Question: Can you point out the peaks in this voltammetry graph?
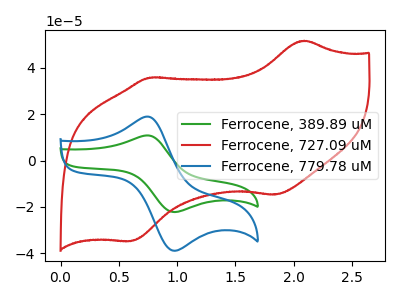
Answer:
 <answer>The green curve "Ferrocene, 389.89 uM" has an anodic peak at (0.75V, 10.80uA) and a cathodic peak at (1.00V, -22.25uA). The red curve "Ferrocene, 727.09 uM" has anodic peaks at (2.10V, 51.75uA) (0.75V, 35.80uA) and cathodic peaks at (1.85V, -14.75uA) (0.60V, -34.80uA). The blue curve "Ferrocene, 779.78 uM" has an anodic peak at (0.75V, 18.90uA) and a cathodic peak at (1.00V, -38.95uA).</answer>
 <eval></eval>